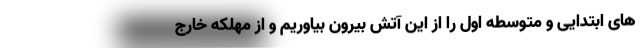
های ابتدایی و متوسطه اول را از این آتش بیرون بیاوریم و از مهلکه خارج